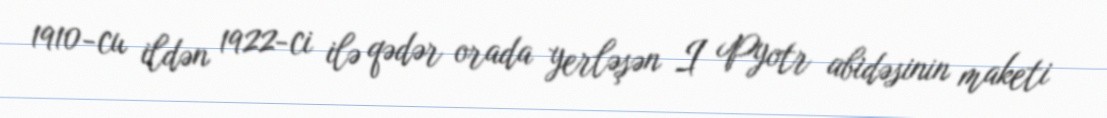
1910-cu ildən 1922-ci ilə qədər orada yerləşən I Pyotr abidəsinin maketi